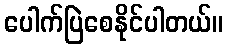
ပေါက်ပြဲစေနိုင်ပါတယ်။